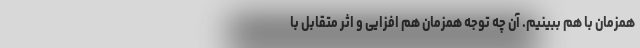
همزمان با هم ببینیم. آن چه توجه همزمان هم افزایی و اثر متقابل با